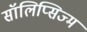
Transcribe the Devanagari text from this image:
सॉलिप्सिज्म